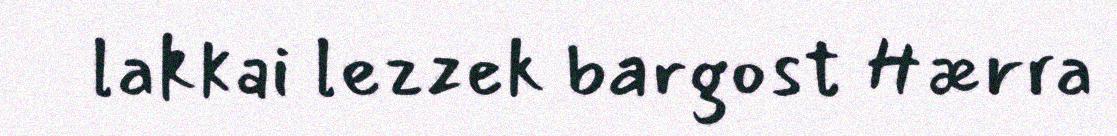
lakkai lezzek bargost Hærra